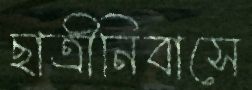
ছাত্রীনিবাসে